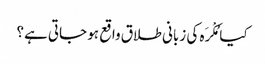
کیا مُکْرَہ کی زبانی طلاق واقع ہو جاتی ہے؟